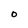
Character: O